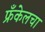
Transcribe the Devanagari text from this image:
फ्रँकेलचा